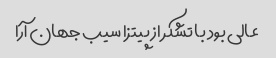
عالی بود با تشکر از پیتزا سیب جهان آرا